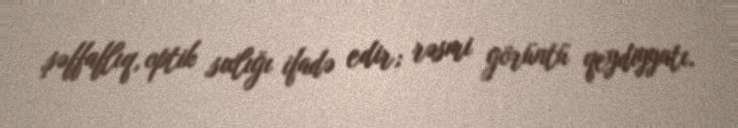
şəffaflıq, optik sıxlığı ifadə edir; rəsmi görüntü qeydiyyatı.